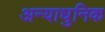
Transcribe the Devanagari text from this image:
अन्याधुनिक